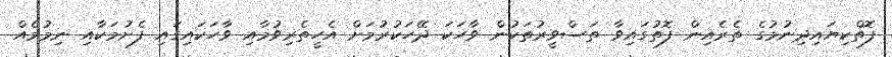
ފޮތްކިޔައިދިނުމުގެ ތެރެއިން ފޮތުގައިވާ ތަސްވީރުތަކުން ވާހަކަ ދޭހަކުރުމަށް އެހީތެރިވުމާއި ވާހަކައިގައި ފެށުމަކާއި ނިމުމެއް